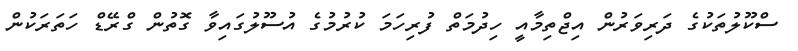
ސްކޫލުތަކުގެ ދަރިވަރުން އިޖްތިމާއީ ހިދުމަތް ފުރިހަމަ ކުރުމުގެ އުސޫލުގައިވާ ގޮތުން ގްރޭޑް ހަތަރަކުން